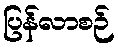
ပြန်လာစဉ်